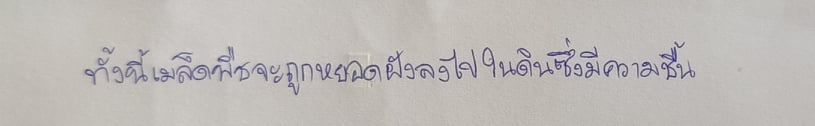
ทั้งนี้เมล็ดพืชจะถูกหยอดฝังลงไปในดินซึ่งมีความชื้น